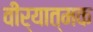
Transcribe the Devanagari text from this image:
वीर्यात्मक